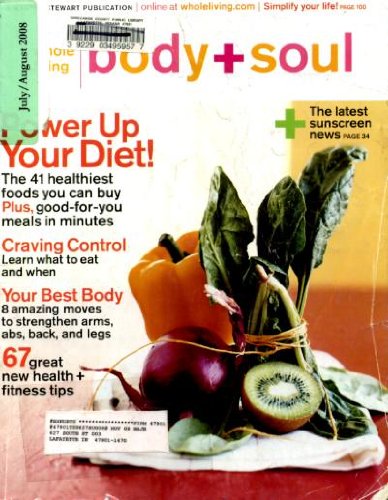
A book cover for Body + Soul July/August 2008 Power Up Your Diet - 41 Healthiest Food & Good For You Meals in Minutes, Learn What to Eat and When, 8 Amazing Moves to Strengthen Arms Abs Back and Legs, The Latest Sunscreen News, 67 Great New Health and Fitness Tips; Health, Fitness & Dieting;